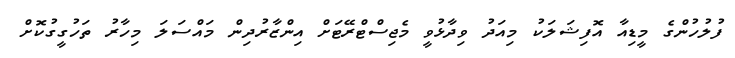
ފުލުހުންގެ މީޑިއާ އޮފިޝަލަކު މިއަދު ވިދާޅުވީ މެޖިސްޓްރޭޓަށް އިންޒާރުދިން މައްސަލަ މިހާރު ތަހުގީގުކޮށް